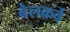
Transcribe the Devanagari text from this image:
बेलकर्व